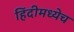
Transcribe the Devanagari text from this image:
हिंदीमध्येच